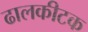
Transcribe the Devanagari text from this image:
ढालकीटक